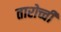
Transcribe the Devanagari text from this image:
तारोच्ची